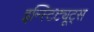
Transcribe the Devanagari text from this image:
इन्स्टिट्यूट्‌स